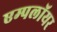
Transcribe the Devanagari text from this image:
एम्पलॉयर